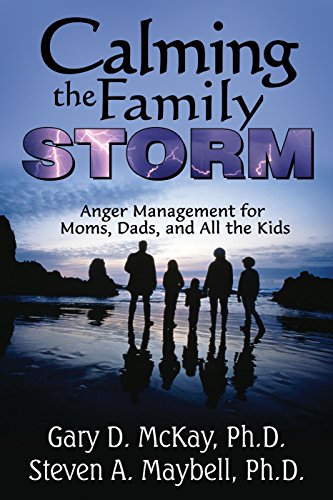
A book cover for Calming the Family Storm: Anger Management for Moms, Dads, and All the Kids; Gary McKay PhD; Self-Help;